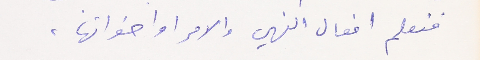
فنعلم افعال النهي والامر او اخواتها،